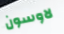
لاوسون